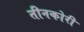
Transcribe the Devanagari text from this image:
तीनकोरी